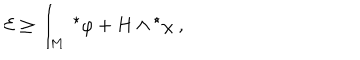
{ \cal E } \ge \int _ { M } \ { } ^ { \star } \varphi + H \wedge { } ^ { \star } \chi \ ,